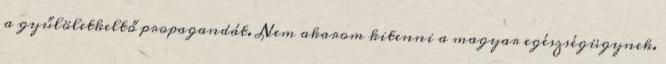
a gyűlöletkeltő propagandát. Nem akarom kitenni a magyar egészségügynek.